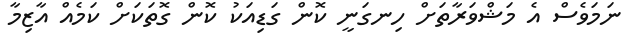
ނަމަވެސް އެ މަޝްވަރާތަށް ހިނގަނީ ކޮން ގަޑިއަކު ކޮން ގޮތަކަށް ކަމެއް އާޒިމާ